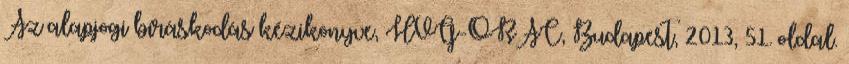
Az alapjogi bíráskodás kézikönyve, HVG-ORAC, Budapest, 2013, 51. oldal.